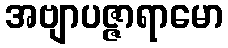
အဗျာပဇ္ဇာရာမော